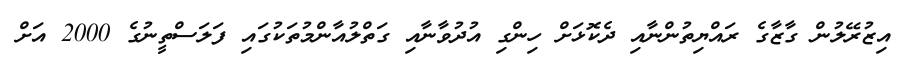
އިޒުރޭލުން ގާޒާގެ ރައްޔިތުންނާއި ދެކޮޅަށް ހިންގި އުދުވާނާއި ގަތްލުއާންމުތަކުގައި ފަލަސްތީނުގެ 2000 އަށް